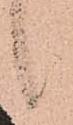
候